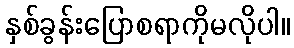
နှစ်ခွန်းပြောစရာကိုမလိုပါ။